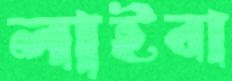
লাইবা